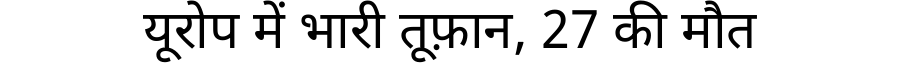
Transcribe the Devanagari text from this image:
यूरोप में भारी तूफ़ान, 27 की मौत